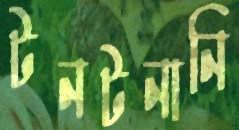
টনটনানি